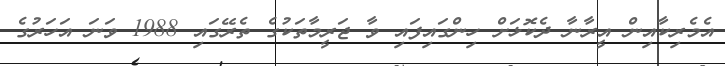
އެމެރިކާއިން އީރާނާ ދެކޮޅަށް ހިންގައިފައި ވާ ޖަރީމާތަކުގެ ތެރޭގައި 1988 ވަނަ އަހަރުގެ